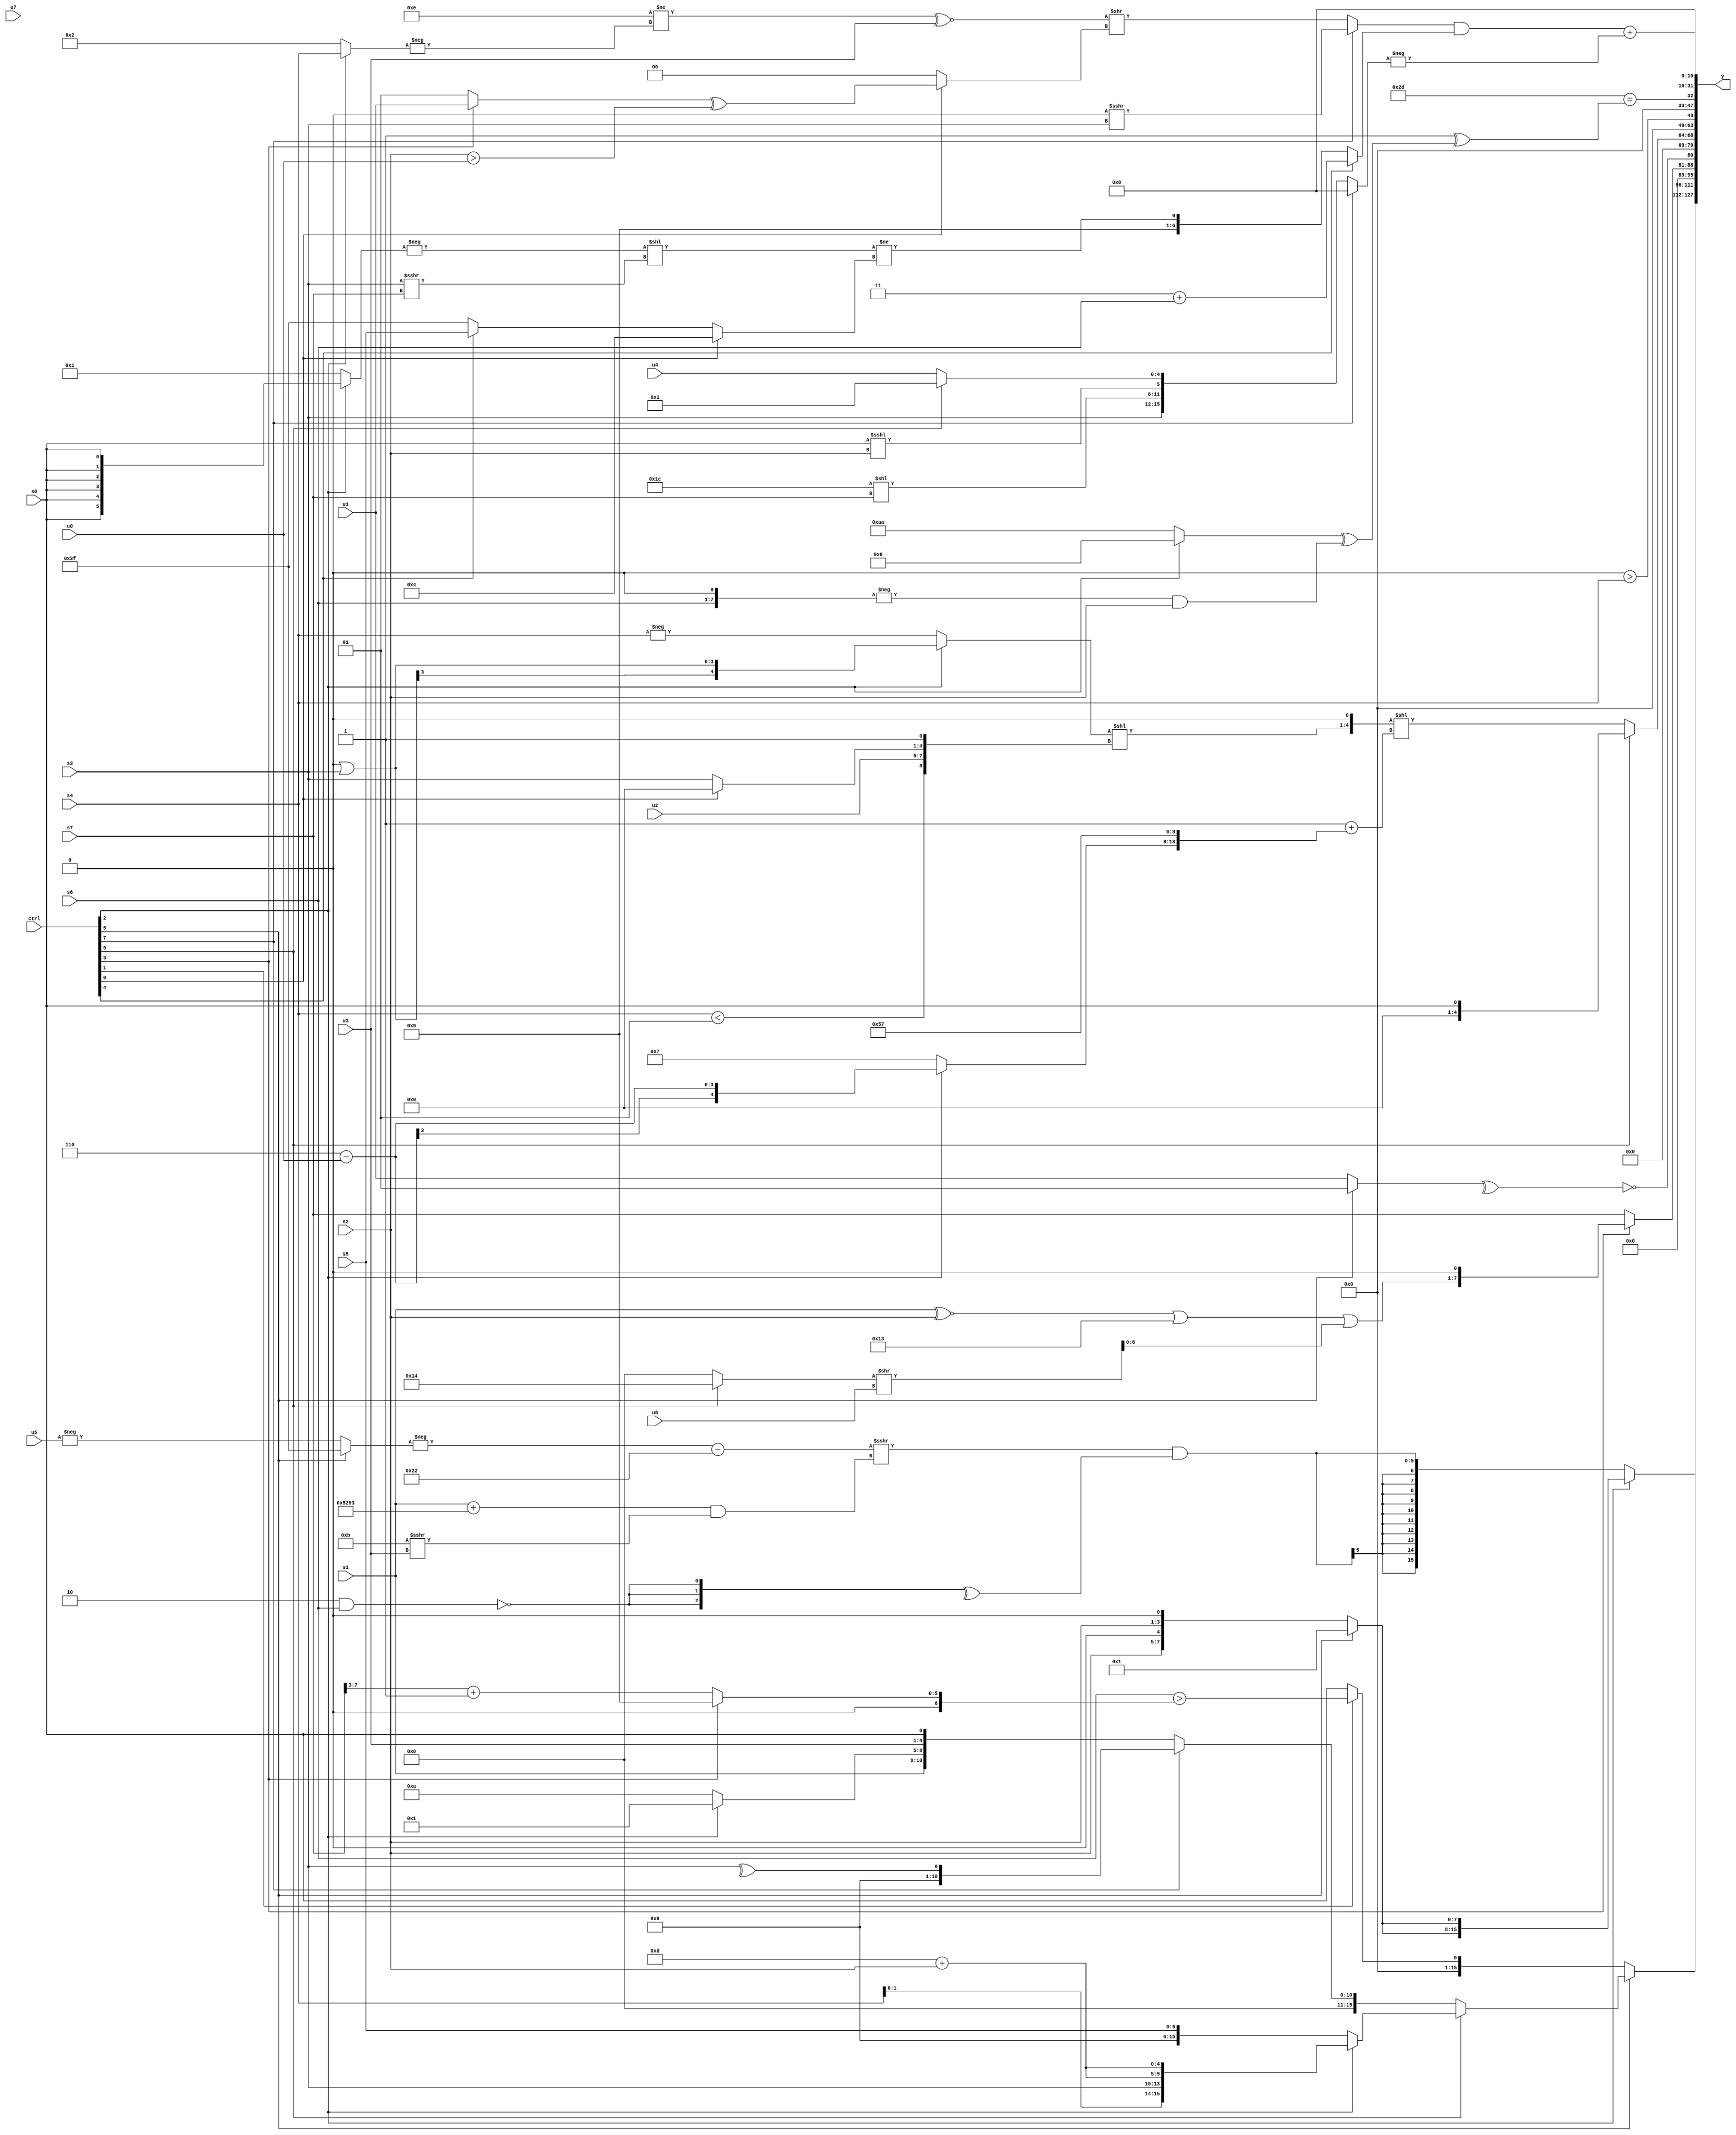
module wideexpr_00813(ctrl, u0, u1, u2, u3, u4, u5, u6, u7, s0, s1, s2, s3, s4, s5, s6, s7, y);
  input [7:0] ctrl;
  input [0:0] u0;
  input [1:0] u1;
  input [2:0] u2;
  input [3:0] u3;
  input [4:0] u4;
  input [5:0] u5;
  input [6:0] u6;
  input [7:0] u7;
  input signed [0:0] s0;
  input signed [1:0] s1;
  input signed [2:0] s2;
  input signed [3:0] s3;
  input signed [4:0] s4;
  input signed [5:0] s5;
  input signed [6:0] s6;
  input signed [7:0] s7;
  output [127:0] y;
  wire [15:0] y0;
  wire [15:0] y1;
  wire [15:0] y2;
  wire [15:0] y3;
  wire [15:0] y4;
  wire [15:0] y5;
  wire [15:0] y6;
  wire [15:0] y7;
  assign y = {y0,y1,y2,y3,y4,y5,y6,y7};
  assign y0 = (ctrl[2]?$signed($unsigned({2{$signed((ctrl[5]?|({$signed(3'sb010)}):{2{{s2,~|(5'sb01110)}}}))}})):($signed((($signed(-((ctrl[5]?-(1'sb1):-(u5)))))-(6'sb100010))>>>({1{((s1)+(({3{5'sb10100}})-((6'sb011000)>=(5'sb00101))))&($unsigned((-(6'sb000101))>>>(u3)))}})))&($signed(^({3{!((3'sb110)&(+(s6)))}}))));
  assign y1 = (ctrl[5]?(ctrl[6]?(ctrl[2]?{{3{(ctrl[2]?s4:1'sb1)}},s3,{2{(5'sb01101)+(s2)}}}:s5):$unsigned((ctrl[7]?^(^(s3)):{s1,(ctrl[2]?2'sb01:4'sb1010),u3,s0}))):(ctrl[1]?(s6)>((ctrl[3]?2'sb00:((s7)>>(2'sb11))+($signed(2'sb01)))):$signed($signed({1{s0}}))));
  assign y2 = {(ctrl[3]?((((s1)^~(s2))|((2'sb11)&(6'sb010011)))|(((ctrl[6]?5'sb10100:3'sb000))>>(u6)))<<<((3'sb010)<=($unsigned($signed(4'sb1001)))):s7),(^(+((ctrl[5]?1'sb1:u1))))^~(1'b0)};
  assign y3 = (ctrl[6]?s0:{1{+(((((ctrl[2]?(4'sb0000)|(s3):-(s4)))<<({(s4)<(2'sb01),+(u2),(ctrl[0]?1'sb0:s3),1'b1}))<<(-(((2'sb00)<<<(1'sb1))!=(3'sb011))))<<(((((ctrl[7]?s3:2'sb01))<<<(+(3'sb110)))<=(4'sb0001))+({(ctrl[2]?(5'sb00110)-(u0):(3'b110)+(1'sb1)),(6'sb001010)<<<({1{2'b00}}),~((ctrl[1]?3'sb000:1'sb0))})))}});
  assign y4 = (((~((ctrl[6]?$signed((ctrl[0]?5'sb10001:(s0)<<(2'b01))):s3)))==({3{2'sb01}}))>>($signed((((((4'sb0001)<<<(1'sb0))-(5'sb11001))|(($signed(u7))<<(5'sb10000)))>>(6'b110000))>(4'sb1110))))>({1{s4}});
  assign y5 = (+(6'sb101101))==((5'sb00001)^(((ctrl[2]?((3'sb000)<<(6'sb011110))^((4'sb0100)&(5'sb01011)):+({4{2'sb10}})))^((-((s6)<<<(1'sb1)))&(s2))));
  assign y6 = (s5)<<<({3{3'sb001}});
  assign y7 = (((ctrl[7]?$unsigned(((((s2)>>(s6))^({4{4'sb1101}}))>>((6'b110101)+(6'b100001)))>>>(s3)):(((+(~(6'b110001)))!=(-((ctrl[2]?s4:2'sb10))))^~(u3))>>((ctrl[0]?+(((ctrl[3]?u1:1'b1))^((s2)>(u0))):(((ctrl[1]?1'sb1:3'sb000))<<(2'sb00))>>>({3{|(6'sb000100)}})))))&($unsigned((ctrl[4]?({2{~&(4'sb0111)}})+(s6):((-((ctrl[2]?s0:6'sb000001)))<<((s3)>>>({s7})))!=((ctrl[0]?((4'sb0110)+(3'sb110))>>($signed(1'sb0)):(ctrl[4]?$signed(s5):2'sb11)))))))+({4{(-({3{(ctrl[7]?2'sb00:{s3,(6'sb011100)<<(s7),(s0)<<<(s2),(ctrl[6]?2'b01:u4)})}}))>>>(1'b0)}});
endmodule